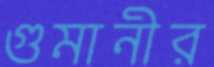
গুমানীর